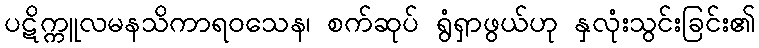
ပဋိက္ကူလမနသိကာရဝသေန၊ စက်ဆုပ် ရွံရှာဖွယ်ဟု နှလုံးသွင်းခြင်း၏